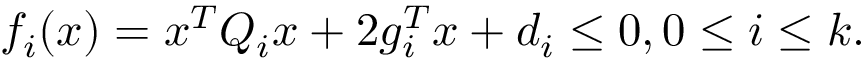
f _ { i } ( x ) = x ^ { T } Q _ { i } x + 2 g _ { i } ^ { T } x + d _ { i } \leq 0 , 0 \leq i \leq k .